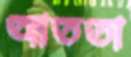
আততা